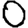
Digit: 0